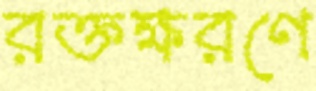
রক্তক্ষরণে